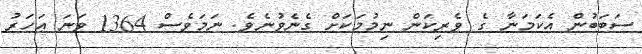
ސަބަބުން އެކަމަނާ ގެ ވެރިކަން ނިމުމަކަށް ގެނެވުނެވެ. ނަމަވެސް 1364 ވަނަ އަހަރު